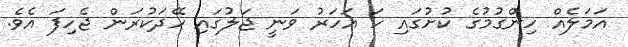
އަމަލެއް ހިންގުމުގެ ކުށުގައި ހަ އަހަރު ވަނީ ޖަލުގައި ހޭދަކުރަން ޖެހިފަ އެވެ.